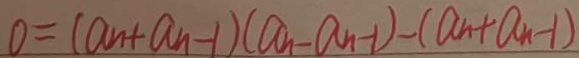
0 = ( a _ { n } + a _ { n - 1 } ) ( a _ { n } - a _ { n - 1 } ) - ( a _ { n } + a _ { n - 1 } )